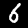
Digit: 6